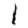
Digit: 1